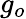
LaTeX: g_{o}